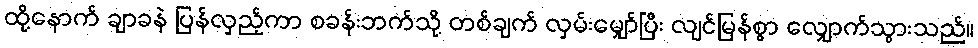
ထို့နောက် ချာခနဲ ပြန်လှည့်ကာ စခန်းဘက်သို့ တစ်ချက် လှမ်းမျှော်ပြီး လျင်မြန်စွာ လျှောက်သွားသည်။